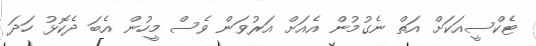
ޓެކްސީއަކަށް އަތް ނެގުމުން އެއަށް އަރުވަން ވެސް މީހުން އެބަ ދެކޮޅު ހަދަ